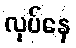
လုပ်နေ